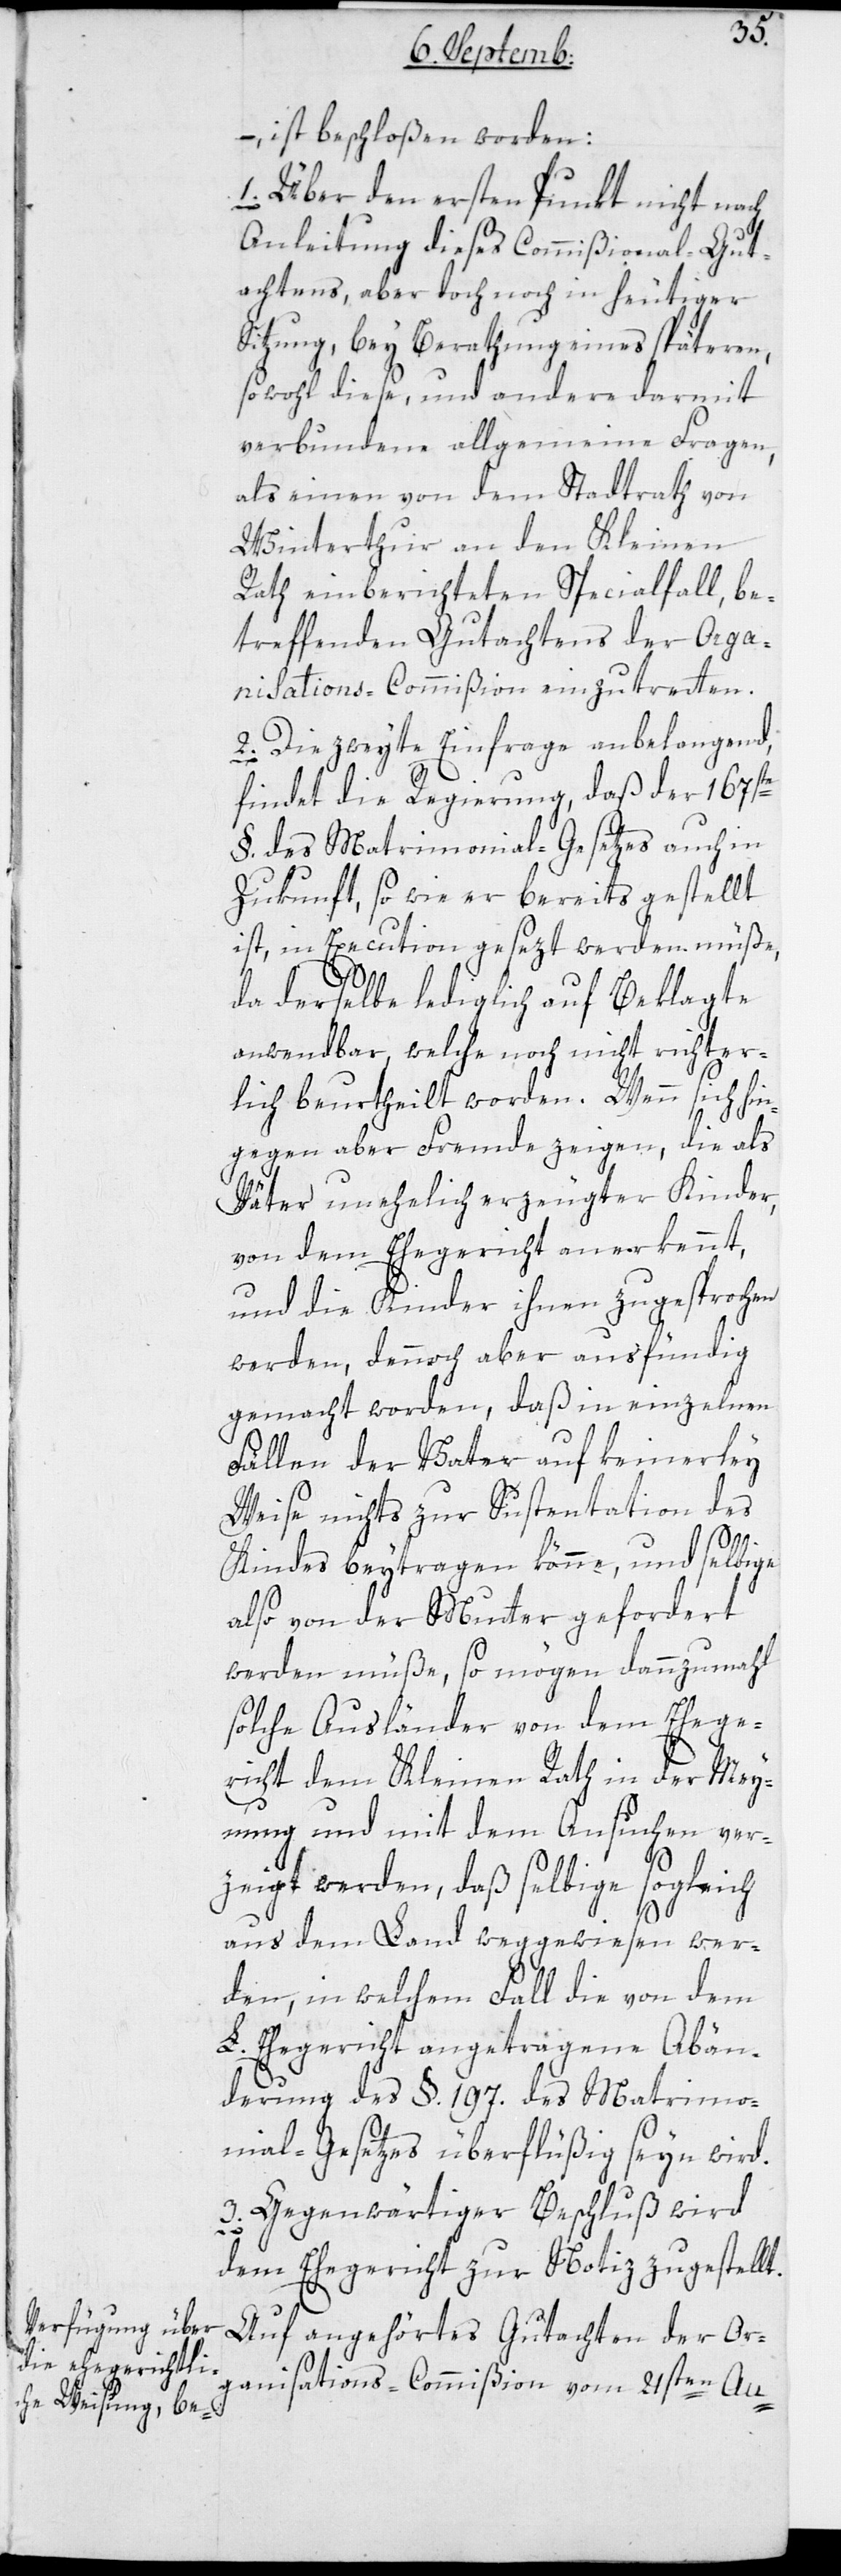
– ist beschloßen worden:
1. Über den ersten Punkt nicht nach
Anleitung dieses Commißional-Gut¬
achtens, aber doch noch in heutiger
Sitzung, bey Berathung eines späteren,
sowohl diese und andere darmit
verbundene allgemeine Fragen,
als einen von dem Stadtrath von
Winterthur an den Kleinen
Rath einberichteten Spezialfall, be¬
treffenden Gutachtens der Orga¬
nisations-Commißion einzutretten.
2. Die zweite Einfrage anbelangend,
findet die Regierung, daß der 167ste
§. des Matrimonial-Gesetzes auch in
Zukunft, so wie er bereits gestellt
ist, in Execution gesezt werden müße,
da derselbe lediglich auf Beklagte
anwendbar, welche noch nicht richter¬
lich beurtheilt worden. Wenn sich hin¬
gegen aber Fremde zeigen, die als
Väter unehelich erzeugter Kinder,
von dem Ehegericht anerkennt,
und die Kinder ihnen zugesprochen
werden, dennoch aber ausfündig
gemacht worden, daß in einzelnen
Fällen der Vater auf keinerley
Weise nichts zu Sustentation des
Kindes beitragen könne, und selbige
also von der Mutter gefordert
werden müße, so mögen dannzumahl
solche Ausländer von dem Ehege¬
richt dem kleinen Rath in der Mei¬
nung und mit dem Ansuchen ver¬
zeigt werden, daß selbige sogleich
aus dem Land weggewiesen wer¬
den, in welchem Fall die von dem
L. Ehegericht angetragene Abän¬
derung des §. 197. des Matrimo¬
nial-Gesetzes überflüßig seyn wird.
3. Gegenwärtiger Beschluß wird
dem Ehegericht zur Notiz zugestellt.
Auf angehörtes Gutachten der Or¬
ganisations-Commißion vom 21sten Au-